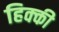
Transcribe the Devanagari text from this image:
हिक्‍की